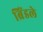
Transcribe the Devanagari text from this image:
ब्रिंडले